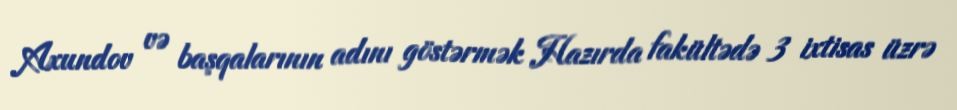
Axundov və başqalarının adını göstərmək Hazırda fakültədə 3 ixtisas üzrə